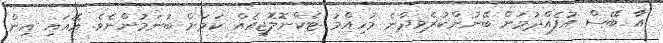
އާ ބޭސް އުފެއްދުމަށް ބޭނުންކުރެވިދާނެ މުހިއްމު ޓެކްނޮލޮޖީއެއް ކަމަށް ބުނަމުންނެވެ. އޭއައި އިން